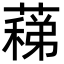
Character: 蕛